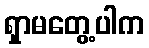
ရှာမတွေ့ပါက